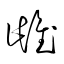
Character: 雌